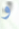
و